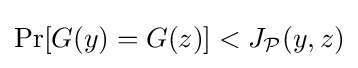
\Pr[G(y)=G(z)]<J_{\mathcal {P}}(y,z)